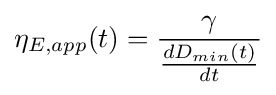
\eta _{E,app}(t)={\frac {\gamma }{\frac {dD_{min}(t)}{dt}}}